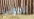
أنطوني